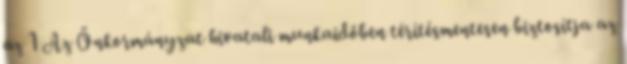
az 1 Az Önkormányzat hivatali munkaidőben térítésmentesen biztosítja az